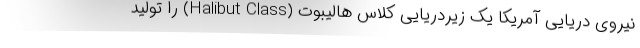
نیروی دریایی آمریکا یک زیردریایی کلاس هالیبوت (Halibut Class) را تولید